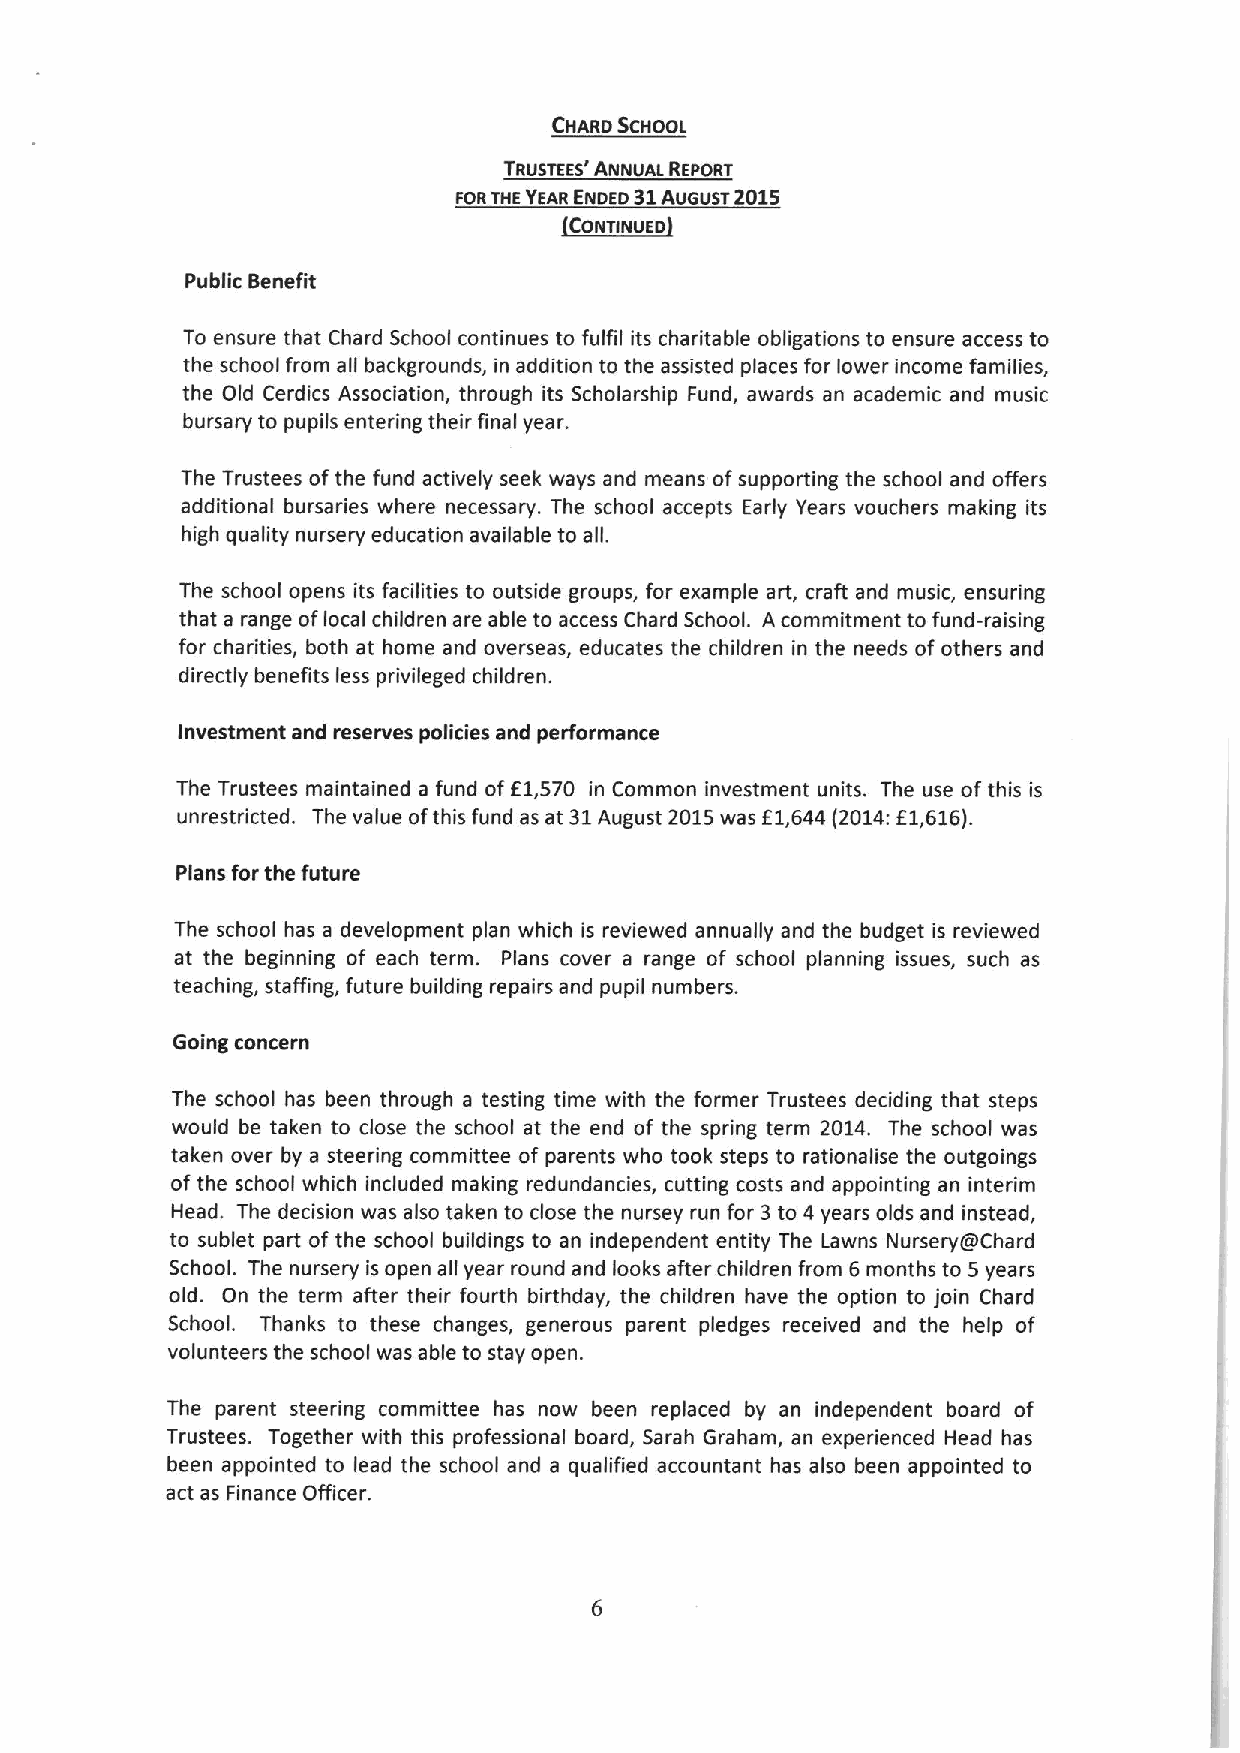
CHARD SCHOOL
 TRUSTEES' ANNUAL REPORT
 FORTHEYEAR ENDED 31 AUGUST 2015
 CONTINUED
 Public Benefit
 To ensure that Chard School continues to fulfil its charitable obligations to ensure access to
 the school from all backgrounds, in addition to the assisted places for lower income families,
 the Old Cerdics Association, through its Scholarship Fund, awards an academic and music
 bursary to pupils entering their final year.
 The Trustees ofthe fund actively seek ways and means ofsupporting the school and offers
 additional bursaries where necessary. The school accepts Early Years vouchers making its
 high quality nursery education available to all.
 The school opens its facilities to outside groups, for example art, craft and music, ensuring
 that a range oflocal children are able to access Chard School. A commitment to fund-raising
 for charities, both at home and overseas, educates the children in the needs of others and
 directly benefits less privileged children.
 Investment and reserves policies and performance
 The Trustees maintained a fund of E1,570 in Common investment units. The use ofthis is
 unrestricted. The value ofthis fund as at 31August 2015was f1,644 (2014:E1,616).
 Plans for the future
 The school has a development plan which is reviewed annually and the budget is reviewed
 at the beginning of each term. Plans cover a range of school planning issues, such as
 teaching, staffing, future building repairs and pupil numbers.
 Going concern
 The school has been through a testing time with the former Trustees deciding that steps
 would be taken to close the school at the end of the spring term 2014. The school was
 taken over by a steering committee of parents who took steps to rationalise the outgoings
 ofthe school which included making redundancies, cutting costs and appointing an interim
 Head. The decision was also taken to close the nursey run for 3to 4 years olds and instead,
 to sublet part of the school buildings to an independent entity The Lawns NurseryCBChard
 School. The nursery is open all year round and looks after children from 6months to 5years
 old. On the term after their fourth birthday, the children have the option to join Chard
 School. Thanks to these changes, generous parent pledges received and the help of
 volunteers the school was able to stay open.
 The parent steering committee has now been replaced by an independent board of
 Trustees. Together with this professional board, Sarah Graham, an experienced I-lead has
 been appointed to lead the school and a qualified accountant has also been appointed to
 act as Finance Officer.